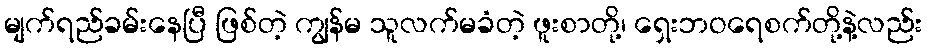
မျက်ရည်ခမ်းနေပြီ ဖြစ်တဲ့ ကျွန်မ သူလက်မခံတဲ့ ဖူးစာတို့၊ ရှေးဘဝရေစက်တို့နဲ့လည်း